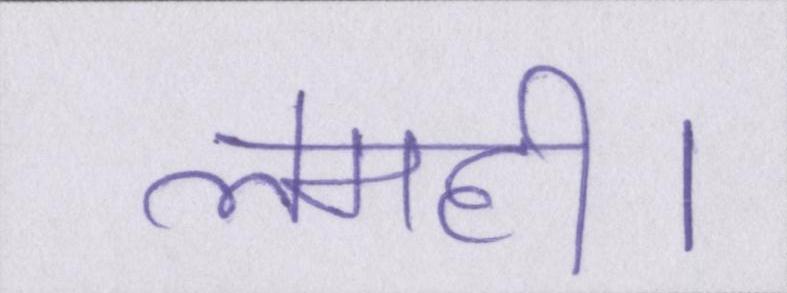
लमही।